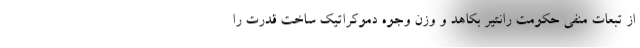
از تبعات منفی حکومت رانتیر بکاهد و وزن وجوه دموکراتیک ساخت قدرت را